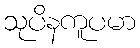
သုပိနကူပမာ